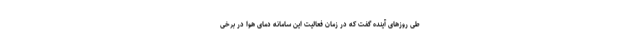
طی روزهای آینده گفت که در زمان فعالیت این سامانه دمای هوا در برخی